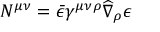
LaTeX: N ^ { \mu \nu } = \bar { \epsilon } \gamma ^ { \mu \nu \rho } \widehat \nabla _ { \rho } \epsilon